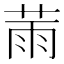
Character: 𦲸